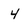
Character: 4